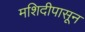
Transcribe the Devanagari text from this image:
मशिदीपासून